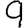
Digit: 9